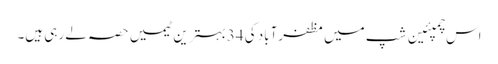
اس چمپئین شپ میں مظفرآباد کی 34بہترین ٹیمیں حصہ لے رہی ہیں۔